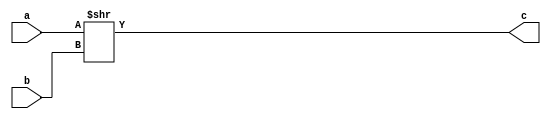
module shifter(a,b,c);
  input [9:0]a;
  input [4:0]b;
  output reg [9:0]c;
  always @(a)
    begin
      c <= a>>b;
    end
endmodule